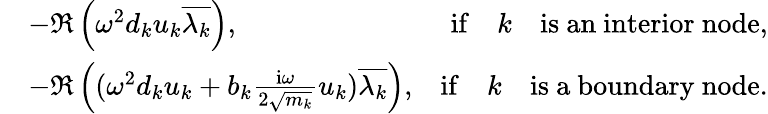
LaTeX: \begin{array}{rlr}&{-\Re\left(\omega^{2}d_{k}u_{k}\overline{{\lambda_{k}}}\right),}&{\mathrm{if}\quad k\quad\mathrm{is~an~interior~node},}\\ &{-\Re\left((\omega^{2}d_{k}u_{k}+b_{k}\frac{\mathrm{i}\omega}{2\sqrt{m_{k}}}u_{k})\overline{{\lambda_{k}}}\right),}&{\mathrm{if}\quad k\quad\mathrm{is~a~boundary~node}.}\end{array}